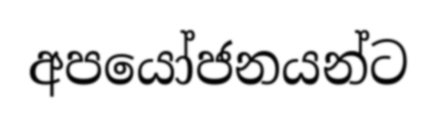
අපයෝජනයන්ට